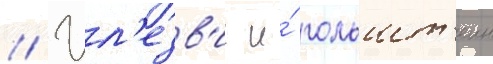
// Шл'езв'иг и́ гольшт'еин